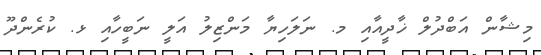
މިޝާން އަބްދުލް ޚާދީއާއި މ. ނަލަހިޔާ މަންޒިލު އަލީ ނަބީހާއި ޅ. ކުރެންދޫ